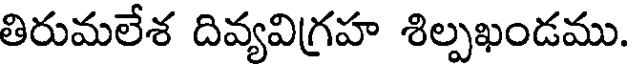
తిరుమలేశ దివ్యవిగ్రహ శిల్పఖండము.